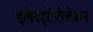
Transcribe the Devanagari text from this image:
इलेक्ट्रोपोलेशन